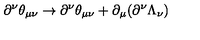
\partial ^ { \nu } \theta _ { \mu \nu } \rightarrow \partial ^ { \nu } \theta _ { \mu \nu } + \partial _ { \mu } ( \partial ^ { \nu } \Lambda _ { \nu } )